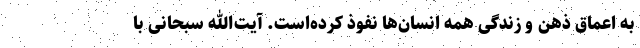
به اعماق ذهن و زندگی همه انسان‌ها نفوذ کرده‌است. آیت‌الله سبحانی با